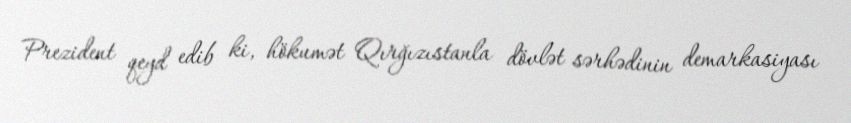
Prezident qeyd edib ki, hökumət Qırğızıstanla dövlət sərhədinin demarkasiyası